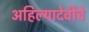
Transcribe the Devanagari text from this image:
अहिल्यादेवींचे